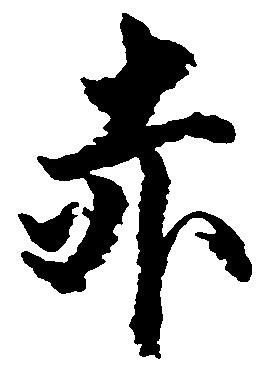
赤